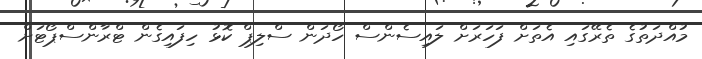
މުއްދަތުގެ ތެރޭގައި އެތަށް ފަހަރަށް ލައިސެންސް ހޯދަން ސްލިޕް ކޮޅު ހިފައިގެން ޓްރާންސްޕޯޓަށް